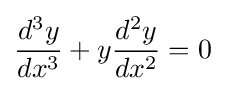
{\frac {d^{3}y}{dx^{3}}}+y{\frac {d^{2}y}{dx^{2}}}=0